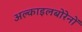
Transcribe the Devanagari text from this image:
अल्काइलबोरेनों